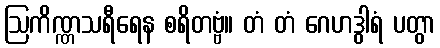
ဩကိဏ္ဏသရီရေန စရိတဗ္ဗံ။ တံ တံ ဂေဟဒွါရံ ပတွာ